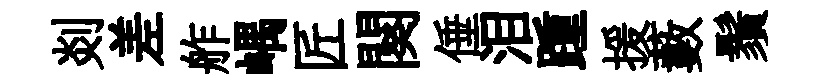
剡差舴嵎匠闋倕泪踵援藪鬚